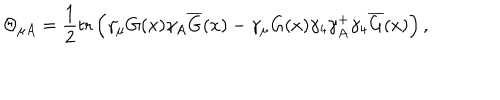
LaTeX: \Theta _ { \mu A } = \frac 1 2 \mathrm { t r } \left( \gamma _ { \mu } G ( x ) \gamma _ { A } \overline { { { G } } } ( x ) - \gamma _ { \mu } G ( x ) \gamma _ { 4 } \gamma _ { A } ^ { + } \gamma _ { 4 } \overline { { { G } } } ( x ) \right) ,